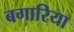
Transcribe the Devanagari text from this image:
बगारिया